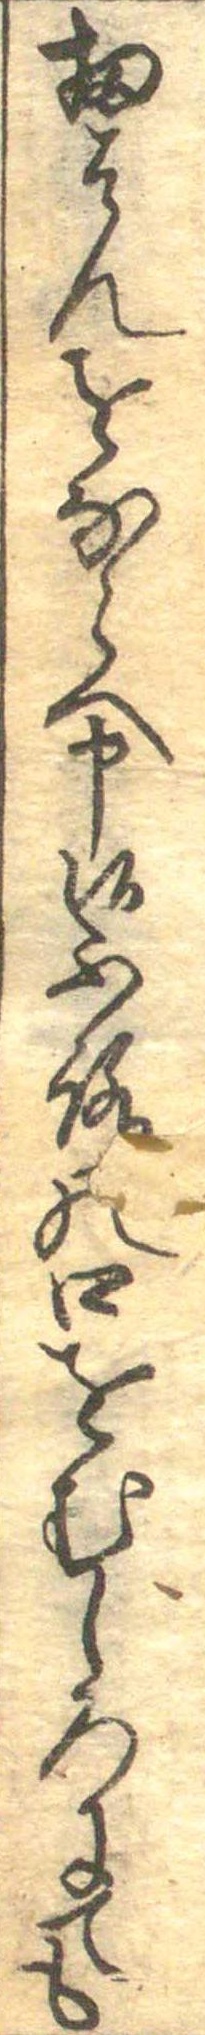
扨はんをならへ申候ふろの口をむしろにても